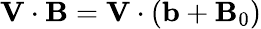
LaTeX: \mathbf{V}\cdot\mathbf{B}=\mathbf{V}\cdot(\mathbf{b}+\mathbf{B}_{0})